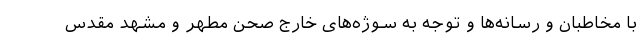
با مخاطبان و رسانه‌ها و توجه به سوژه‌های خارج صحن مطهر و مشهد مقدس